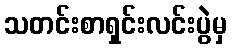
သတင်းစာရှင်းလင်းပွဲမှ